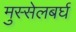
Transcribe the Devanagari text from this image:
मुस्सेलबर्घ